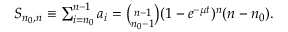
\begin{array} { r } { S _ { n _ { 0 } , n } \equiv \sum _ { i = n _ { 0 } } ^ { n - 1 } a _ { i } = { \binom { n - 1 } { n _ { 0 } - 1 } } ( 1 - e ^ { - \mu t } ) ^ { n } ( n - n _ { 0 } ) . } \end{array}